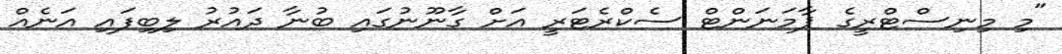
"މި މިނިސްޓްރީގެ ޕާމަނަންޓް ސެކްރެޓަރީ އަށް ގާނޫނުގައި ބުނާ ދައުރު ލިބިފައި އަނެއް